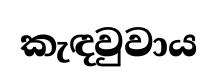
කැඳවුවාය